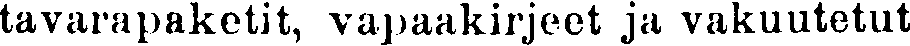
tavarapaketit, vapaakirjeet ja vakuutetut